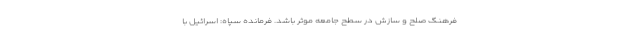
فرهنگ صلح و سازش در سطح جامعه موثر باشد. فرمانده سپاه: اسرائیل با